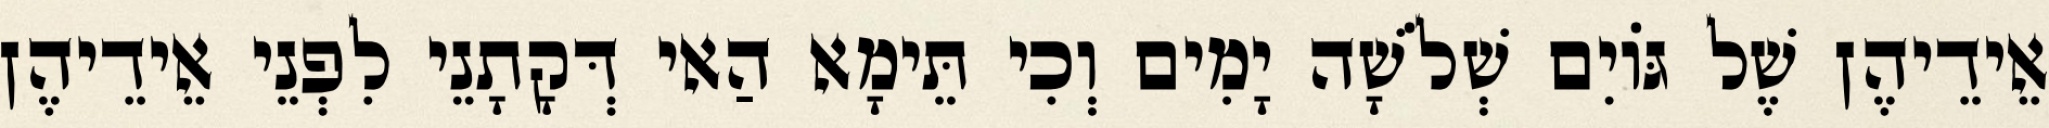
אֵידֵיהֶן שֶׁל גּוֹיִם שְׁלֹשָׁה יָמִים וְכִי תֵּימָא הַאי דְּקָתָנֵי לִפְנֵי אֵידֵיהֶן